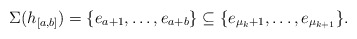
\begin{align*}\Sigma(h_{[a,b]}) = \{e_{a+1}, \ldots, e_{a+b}\}\subseteq \{e_{\mu_k+1}, \ldots, e_{\mu_{k+1}}\}.\end{align*}